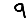
Digit: 9